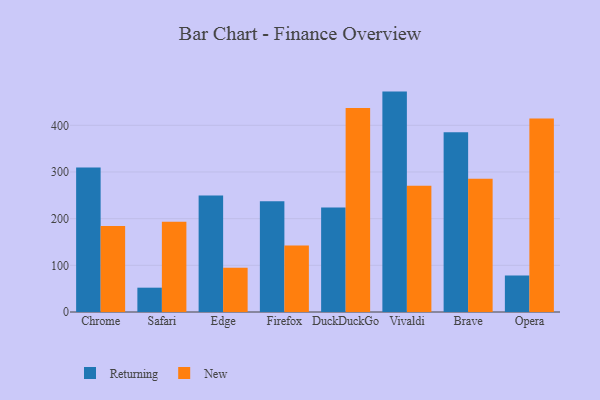
{"axis": {"x": "Browser", "y": "Latency (ms)"}, "legend": ["New", "Returning"], "data": [{"x": "Chrome", "y": 309.5, "type": "Returning"}, {"x": "Chrome", "y": 184.5, "type": "New"}, {"x": "Safari", "y": 52.1, "type": "Returning"}, {"x": "Safari", "y": 193.4, "type": "New"}, {"x": "Edge", "y": 249.5, "type": "Returning"}, {"x": "Edge", "y": 95.0, "type": "New"}, {"x": "Firefox", "y": 237.4, "type": "Returning"}, {"x": "Firefox", "y": 142.6, "type": "New"}, {"x": "DuckDuckGo", "y": 223.7, "type": "Returning"}, {"x": "DuckDuckGo", "y": 436.8, "type": "New"}, {"x": "Vivaldi", "y": 472.2, "type": "Returning"}, {"x": "Vivaldi", "y": 270.6, "type": "New"}, {"x": "Brave", "y": 385.3, "type": "Returning"}, {"x": "Brave", "y": 285.4, "type": "New"}, {"x": "Opera", "y": 78.1, "type": "Returning"}, {"x": "Opera", "y": 414.7, "type": "New"}]}